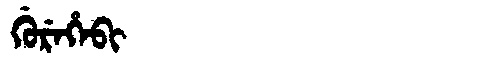
Manchu: ᡤᡠᡵᡝᡥᡝᠪᡳ
Romanization: GUREHEBI